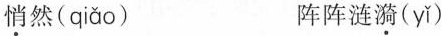
悄然( qiǎo ) 阵阵涟漪( yǐ )